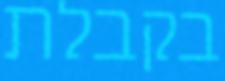
בקבלת